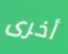
أخرى